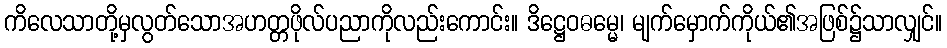
ကိလေသာတို့မှလွတ်သောအဟတ္တဖိုလ်ပညာကိုလည်းကောင်း။ ဒိဋ္ဌေဝဓမ္မေ၊ မျက်မှောက်ကိုယ်၏အဖြစ်၌သာလျှင်။